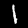
Digit: 1